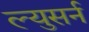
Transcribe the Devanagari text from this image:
ल्युसर्न